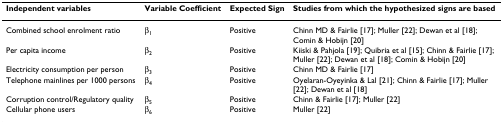
| Independent variables | Variable Coefficient | Expected Sign | Studies from which the hypothesized signs are based |
 | --- | --- | --- | --- |
 | Combined school enrolment ratio | β1 | Positive | Chinn MD & Fairlie [17]; Muller [22]; Dewan et al [18]; Comin & Hobijn [20] |
 | Per capita income | β2 | Positive | Kiiski & Pahjola [19]; Quibria et al [15]; Chinn & Fairlie [17]; Muller [22]; Dewan et al [18]; Comin & Hobijn [20] |
 | Electricity consumption per person | β3 | Positive | Chinn MD & Fairlie [17] |
 | Telephone mainlines per 1000 persons | β4 | Positive | Oyelaran-Oyeyinka & Lal [21]; Chinn & Fairlie [17]; Muller [22]; Dewan et al [18] |
 | Corruption control/Regulatory quality | β5 | Positive | Chinn & Fairlie [17]; Muller [22] |
 | Cellular phone users | β6 | Positive | Muller [22] |